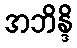
အဘိန္ဒိ